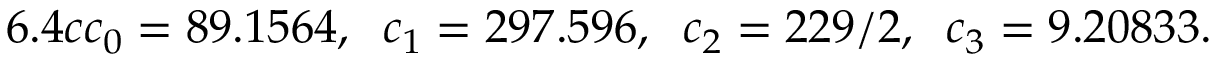
6 . 4 c c _ { 0 } = 8 9 . 1 5 6 4 , \; \; c _ { 1 } = 2 9 7 . 5 9 6 , \; \; c _ { 2 } = 2 2 9 / 2 , \; \; c _ { 3 } = 9 . 2 0 8 3 3 .